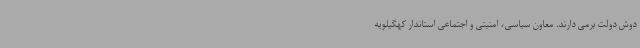
دوش دولت برمی دارند. معاون سیاسی، امنیتی و اجتماعی استاندار کهگیلویه